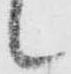
候